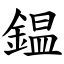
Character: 鎾